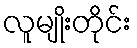
လူမျိုးတိုင်း